Bréfritari: Guðrún Þorsteinsdóttir
Viðtakandi: Páll Pálsson
Dagsetning: A-1874-09-29
Skrifað á: Breiðabólsstað  Rang.
Páll er móðurbróðir Guðrúnar

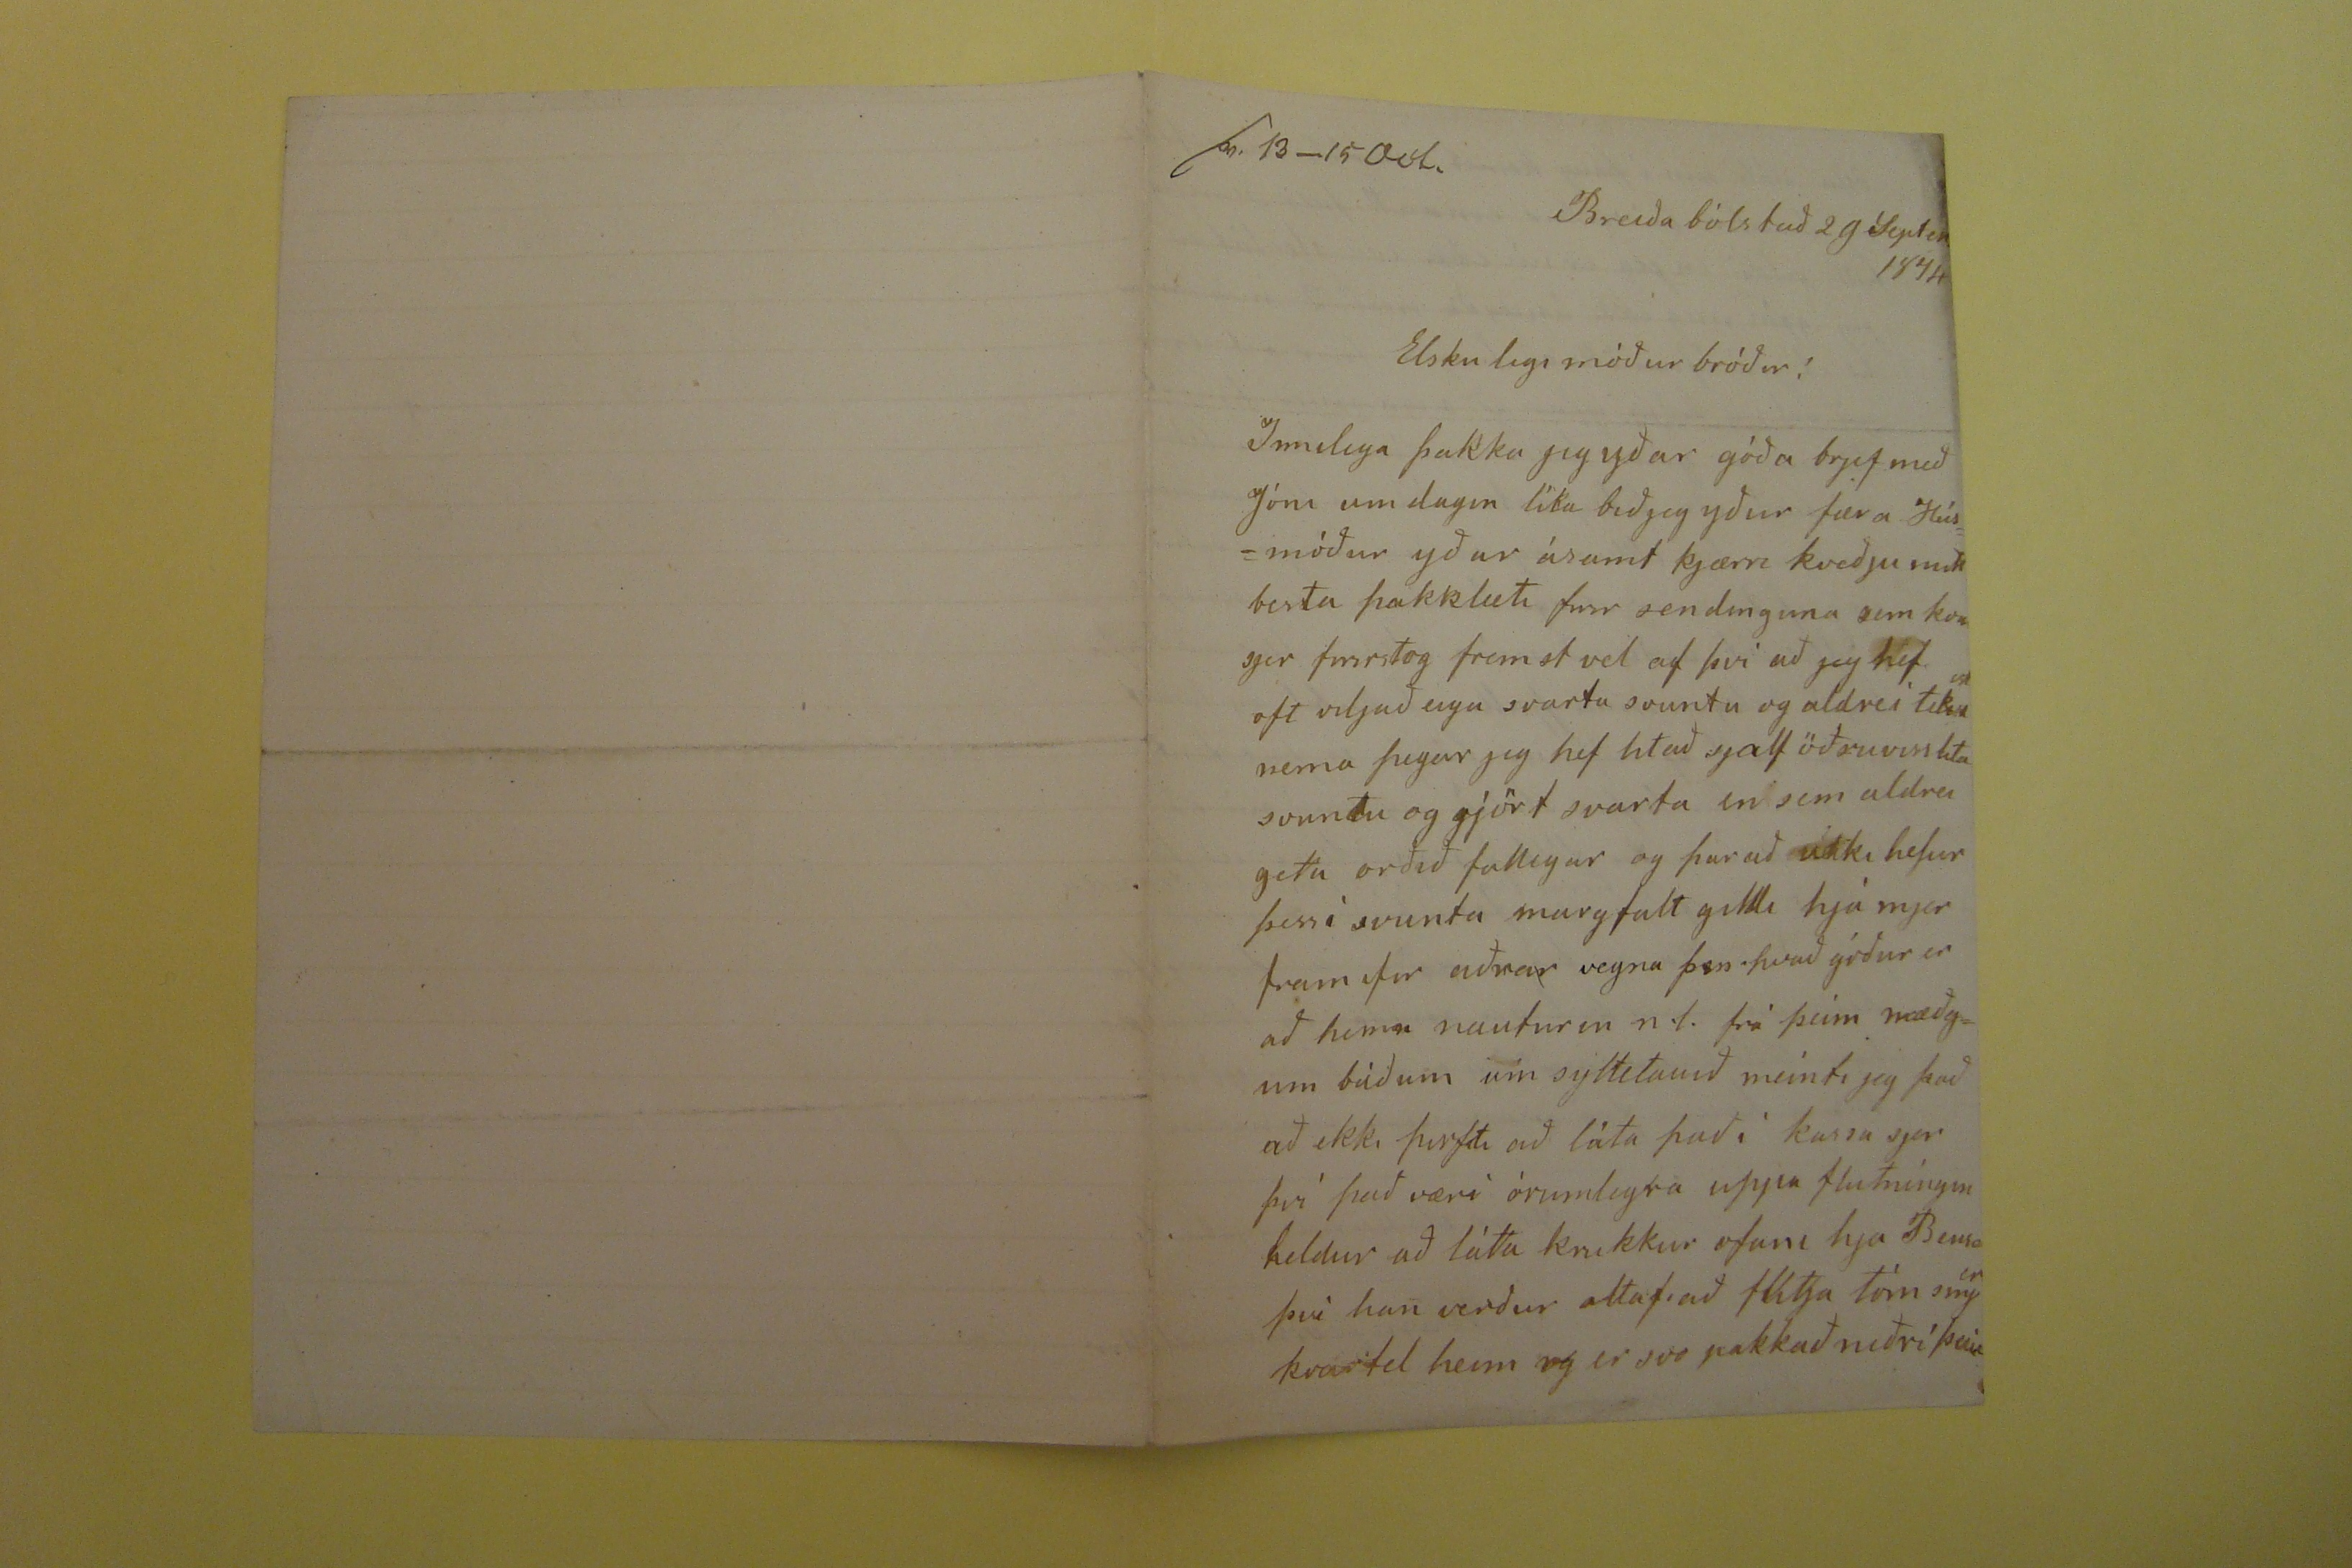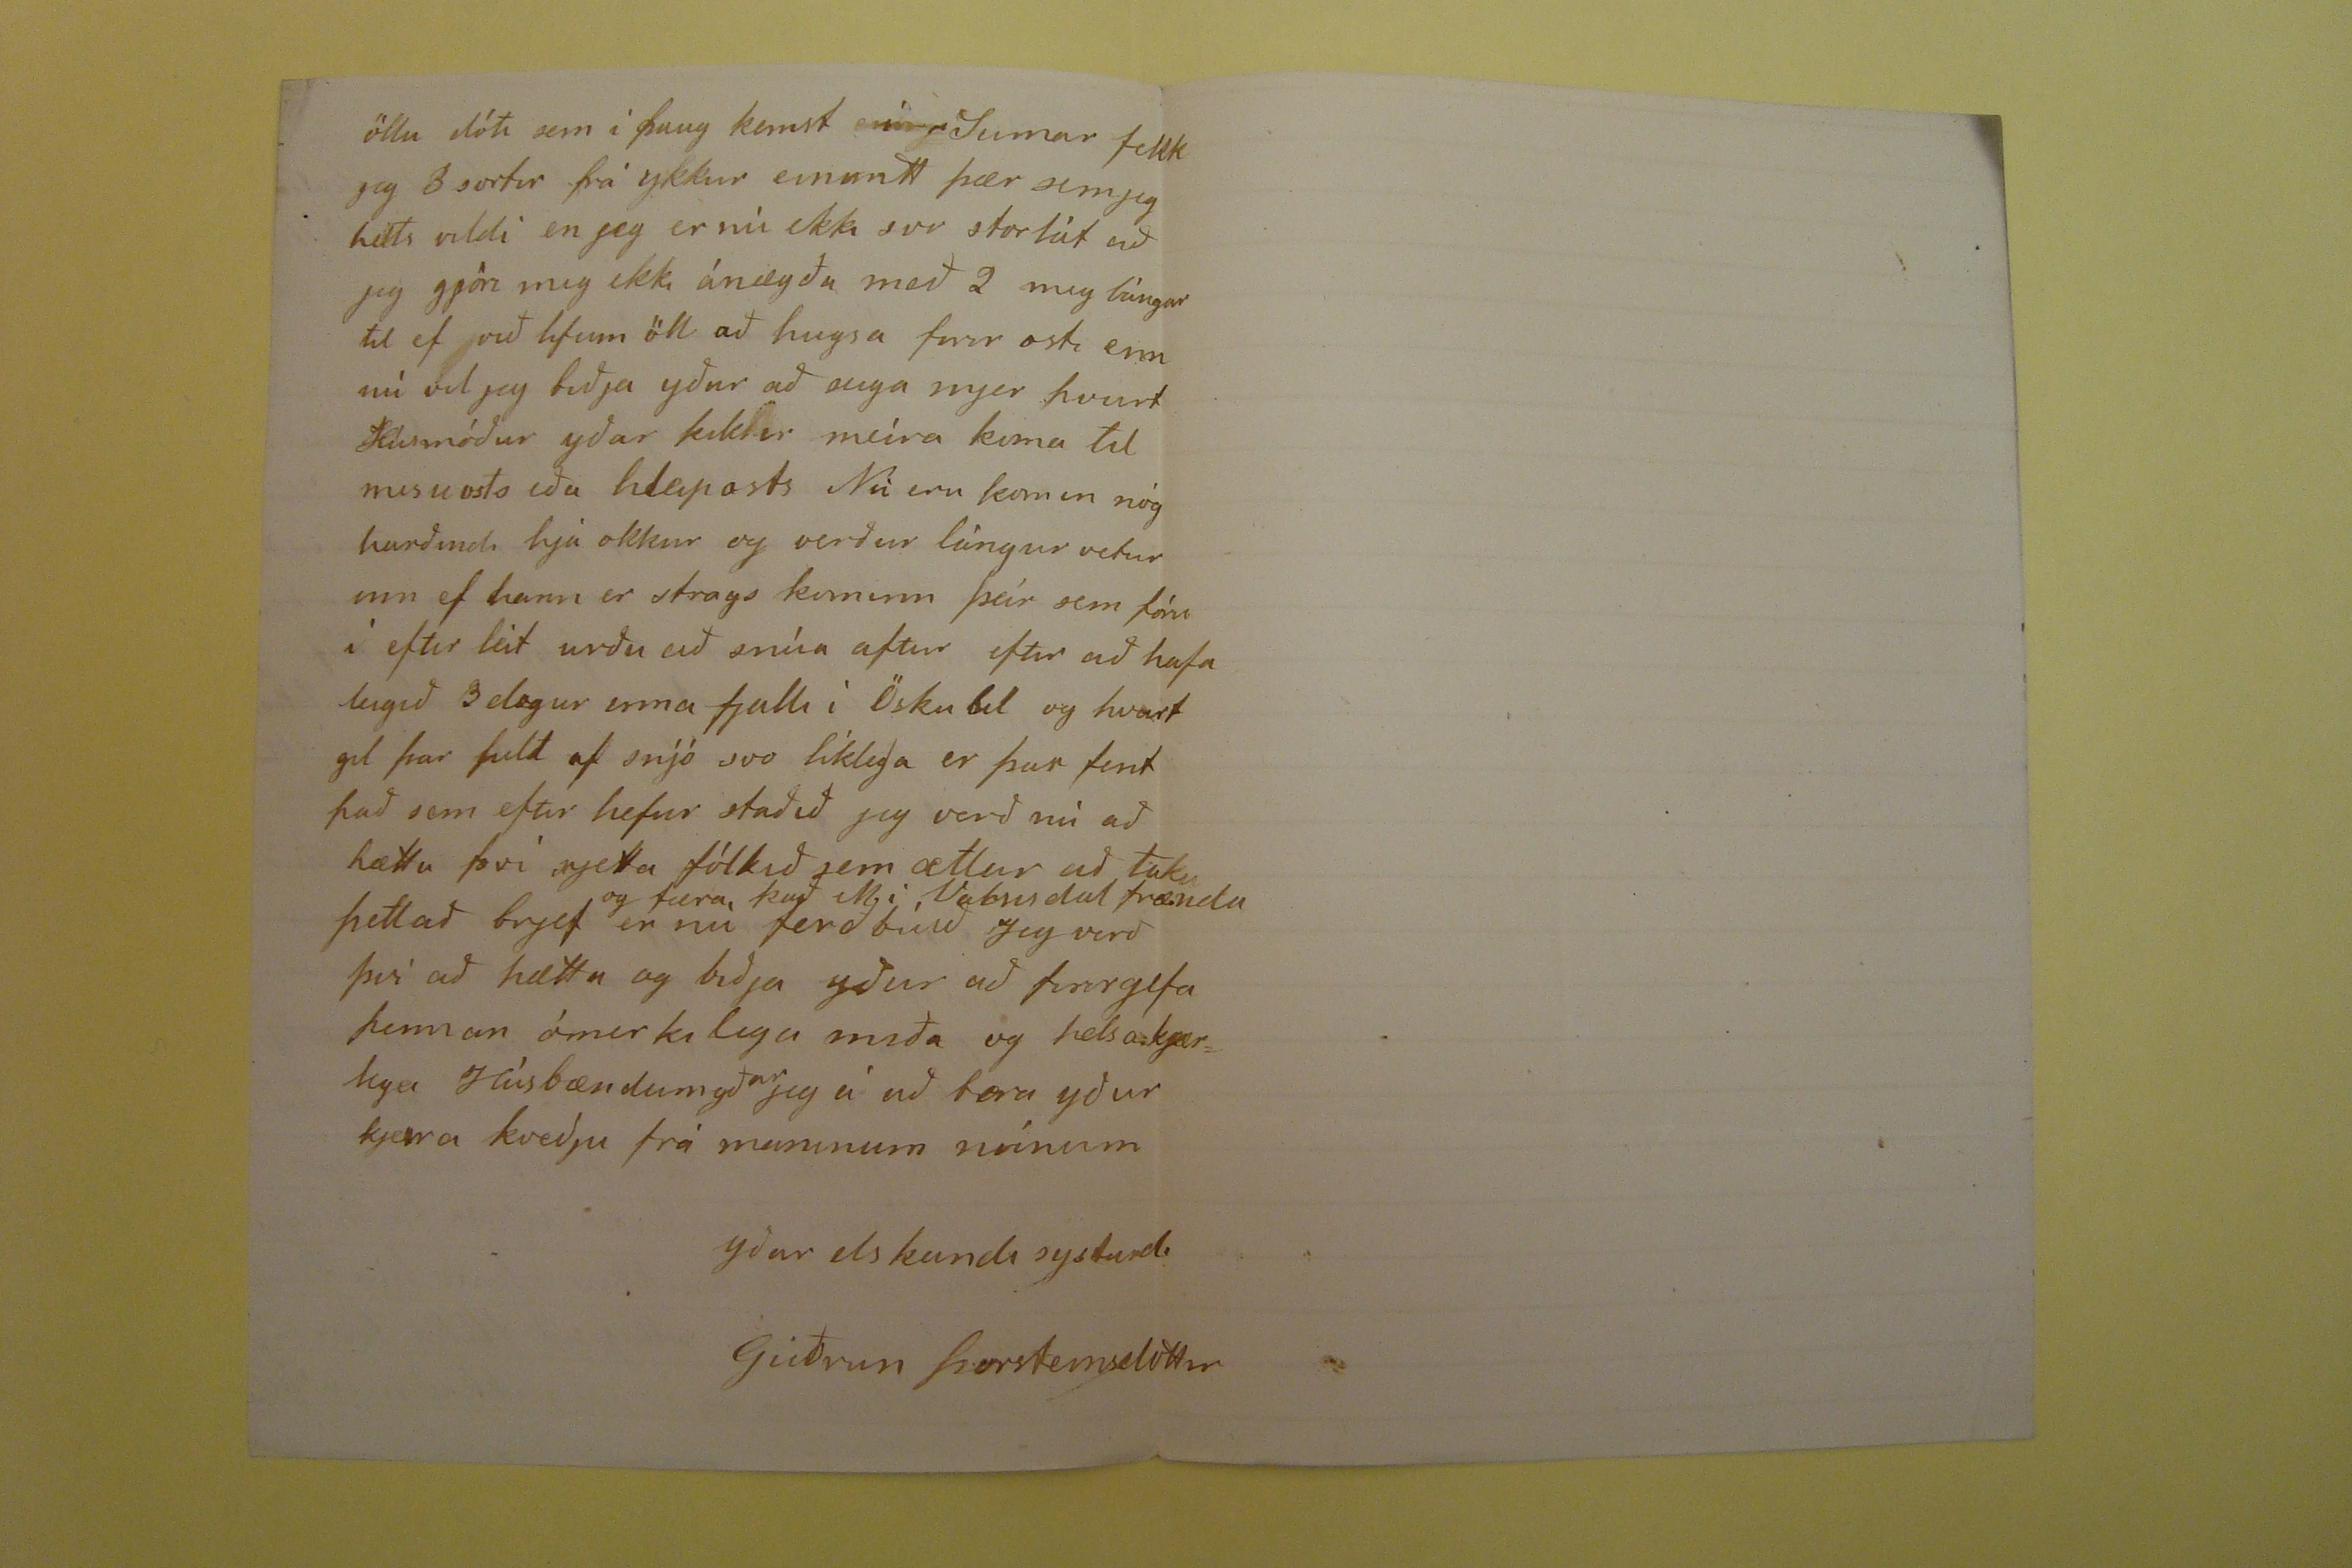

Breiðabólstað 29 Septen
??
1874
Elskulegi móður bróðir!
Innilega þakka jeg yðar góða brjef með Jóni um dagin líka bið jeg yður færa Húsmóður yðar ásamt kjærri kveðju mitt besta þakklæti firir sendinguna sem kom sjer firirstog fremst vel af því að jeg hef oft viljað eiga svarta svuntu og aldrei
tekist
nema þegar jeg hef hlað sjalf öðruvm lita svuntu og gjört svarta en sem aldrei geta orðið fallegar og þar að ekki hefur þessi svunta margfalt gildi hjá mjer framifir aðrar vegna þess hvað góður er að
hema
nautur en n.l. frá þeim mæðgum báðum um syltetauið meinti jeg það að ekki þirfti að láta það i kassa sjer því það væri órumlegra uppa flutningin heldur að láta krukku ofani hja Bensa því han verður altaf að flitja tóm
smjer
kvertel heim og er svo pakkað niðri
þeim
öllu dóti sem í þaug kemst
??
SUmar fekk jeg 3 sortir frá ykkur einuntt þær sem jeg helts vildi en jeg er nú ekki svo storlát að jeg gjöri mig ekki ánægða með 2 mig lángar til ef við lifum öll að hugsa firir osti enn nú vil jeg bið jayður að seiga mjer hvurt Húsmóður yðar þikir meira koma til misuosts eða hleiposts Nú eru komin nóg harðindi hjá okkur og verður lángur vetur enn ef hann er strags kominn þeir sem fóru í efitr leit urðu að snúa aftur efti rað hafa leigið 3 dægur inna fjalli í Öskubil og hvart gil þar fult af snjó svo líklega er þar fent það sem eftir hefur staðið jeg verð nú að hætta því rjetta fólkið sem ætlar að taka þettað brjef er nú ferðbúið
og færa, það
Mi Vatnsdal
frænda
Jeg verð því að hætta og biðja yður að firirgefa þennan ómerkilega miða og helsa kjærlega Húsbændum yðar jeg á að bera yður kjæra kveðju frá manninum mínum
yðar elskandi systurd.
Guðrun Þorsteinsdóttir